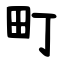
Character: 町